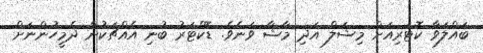
ބައްލަވާ ކޮޓަރިއަށް މިޝަލް އަދި މާޝާ ވަނެވެ. ޑޮކްޓަރު ބުނި އެއްޗަކުން ދެމީހުންނަށް